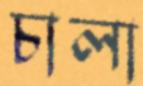
চালা